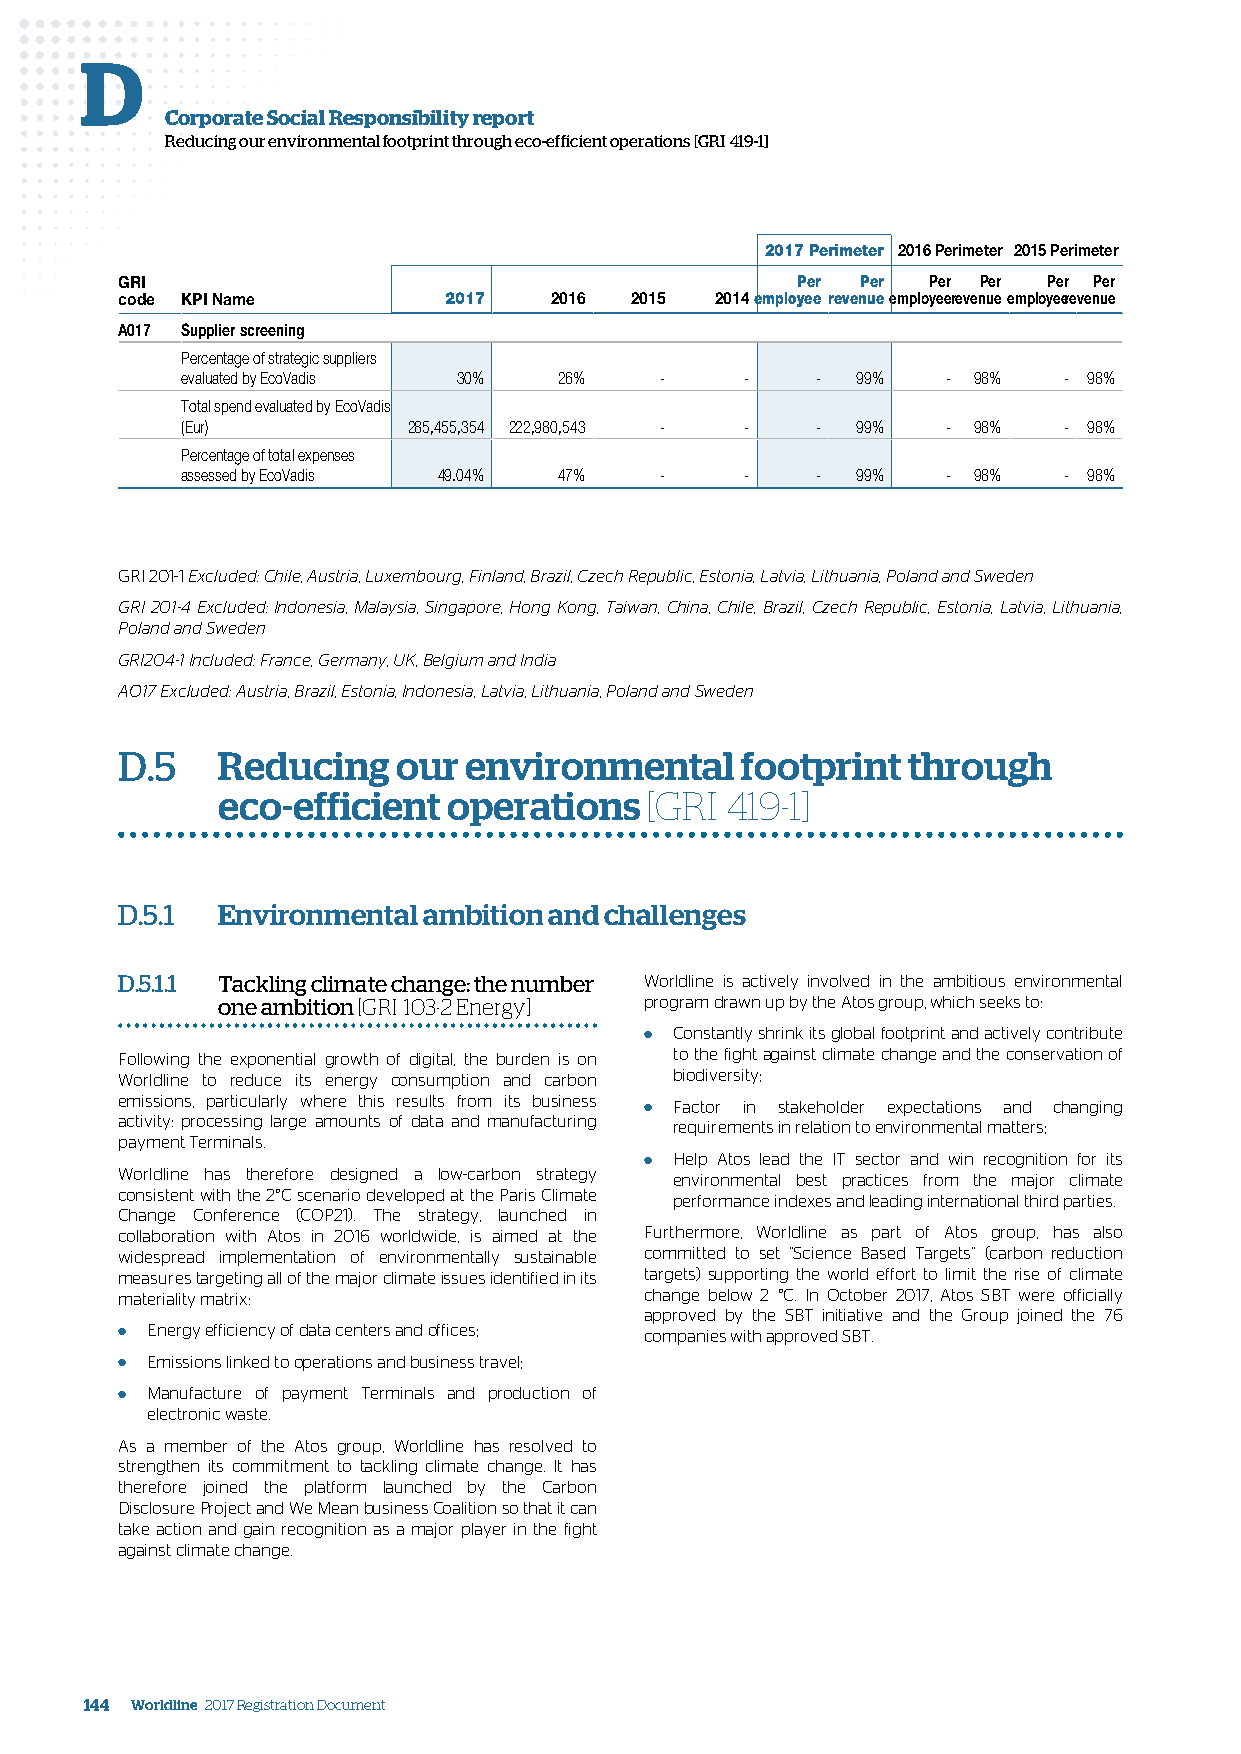
D
 Corporate Social Responsibility report
 Reducing our environmental footprint through eco-efficient operations [GRI 419-1]
 2017 Perimeter 2016 Perimeter 2015 Perimeter
 GRI                                          Per Per Per Per Per Per
 code KPI Name        2017   2016  2015 2014employee revenueemployeerevenueemployeerevenue
 A017 Supplier screening
 Percentage of strategic suppliers
 evaluated by EcoVadis 30% 26%   -    -    -  99%   - 98%  - 98%
 Total spend evaluated by EcoVadis
 (Eur)          285,455,354 222,980,543 - - - 99%   - 98%  - 98%
 Percentage of total expenses
 assessed by EcoVadis 49.04% 47% -    -    -  99%   - 98%  - 98%
 GRI 201-1 Excluded: Chile, Austria, Luxembourg, Finland, Brazil, Czech Republic, Estonia, Latvia, Lithuania, Poland and Sweden
 GRI 201-4 Excluded: Indonesia, Malaysia, Singapore, Hong Kong, Taiwan, China, Chile, Brazil, Czech Republic, Estonia, Latvia, Lithuania,
 Poland and Sweden
 GRI204-1 Included: France, Germany, UK, Belgium and India
 AO17 Excluded: Austria, Brazil, Estonia, Indonesia, Latvia, Lithuania, Poland and Sweden
 D.5   Reducing    our  environmental     footprint  through
 eco-efficient   operations   [GRI 419-1]
 D.5.1 Environmental ambition and challenges
 D.5.1.1 Tackling climate change: the number Worldline is actively involved in the ambitious environmental
 one ambition [GRI 103-2 Energy] program drawn up by the Atos group, which seeks to:
 ● Constantly shrink its global footprint and actively contribute
 Following the exponential growth of digital, the burden is on to the fight against climate change and the conservation of
 Worldline to reduce its energy consumption and carbon biodiversity;
 emissions, particularly where this results from its business ● Factor in stakeholder expectations and changing
 activity: processing large amounts of data and manufacturing requirements in relation to environmental matters;
 payment Terminals.
 ● Help Atos lead the IT sector and win recognition for its
 Worldline has therefore designed a low-carbon strategy environmental best practices from the major climate
 consistent with the 2°C scenario developed at the Paris Climate performance indexes and leading international third parties.
 Change Conference (COP21). The strategy, launched in
 collaboration with Atos in 2016 worldwide, is aimed at the Furthermore, Worldline as part of Atos group, has also
 widespread implementation of environmentally sustainable committed to set “Science Based Targets” (carbon reduction
 measures targeting all of the major climate issues identified in its targets) supporting the world effort to limit the rise of climate
 materiality matrix:                change below 2 °C. In October 2017, Atos SBT were officially
 approved by the SBT initiative and the Group joined the 76
 ● Energy efficiency of data centers and offices; companies with approved SBT.
 ● Emissions linked to operations and business travel;
 ● Manufacture of payment Terminals and production of
 electronic waste.
 As a member of the Atos group, Worldline has resolved to
 strengthen its commitment to tackling climate change. It has
 therefore joined the platform launched by the Carbon
 Disclosure Project and We Mean business Coalition so that it can
 take action and gain recognition as a major player in the fight
 against climate change.
 144 Worldline 2017 Registration Document